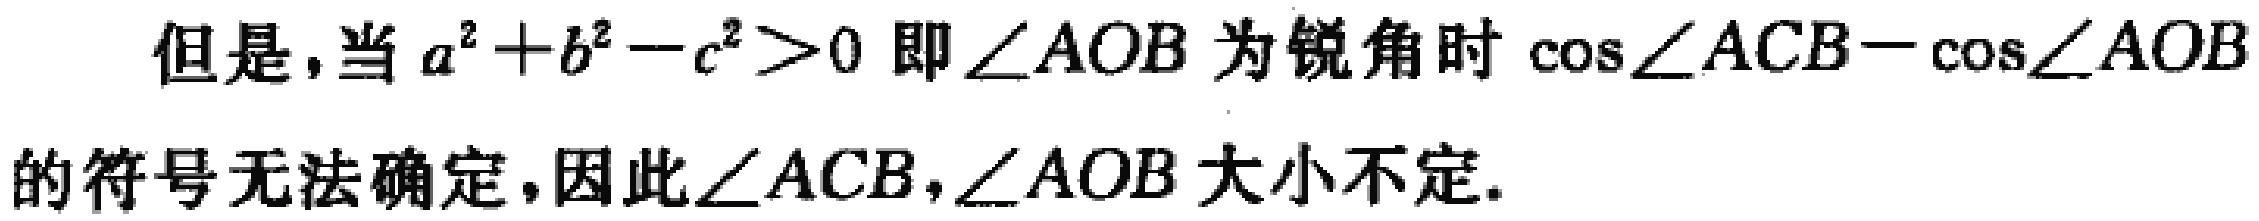
但是,当 \(a^{2}+b^{2}-c^{2}>0\) 即 \(\angle AOB\) 为锐角时 \(\cos\angle ACB - \cos\angle AOB\)的符号无法确定，因此\(\angle ACB,\angle AOB\) 大小不定.